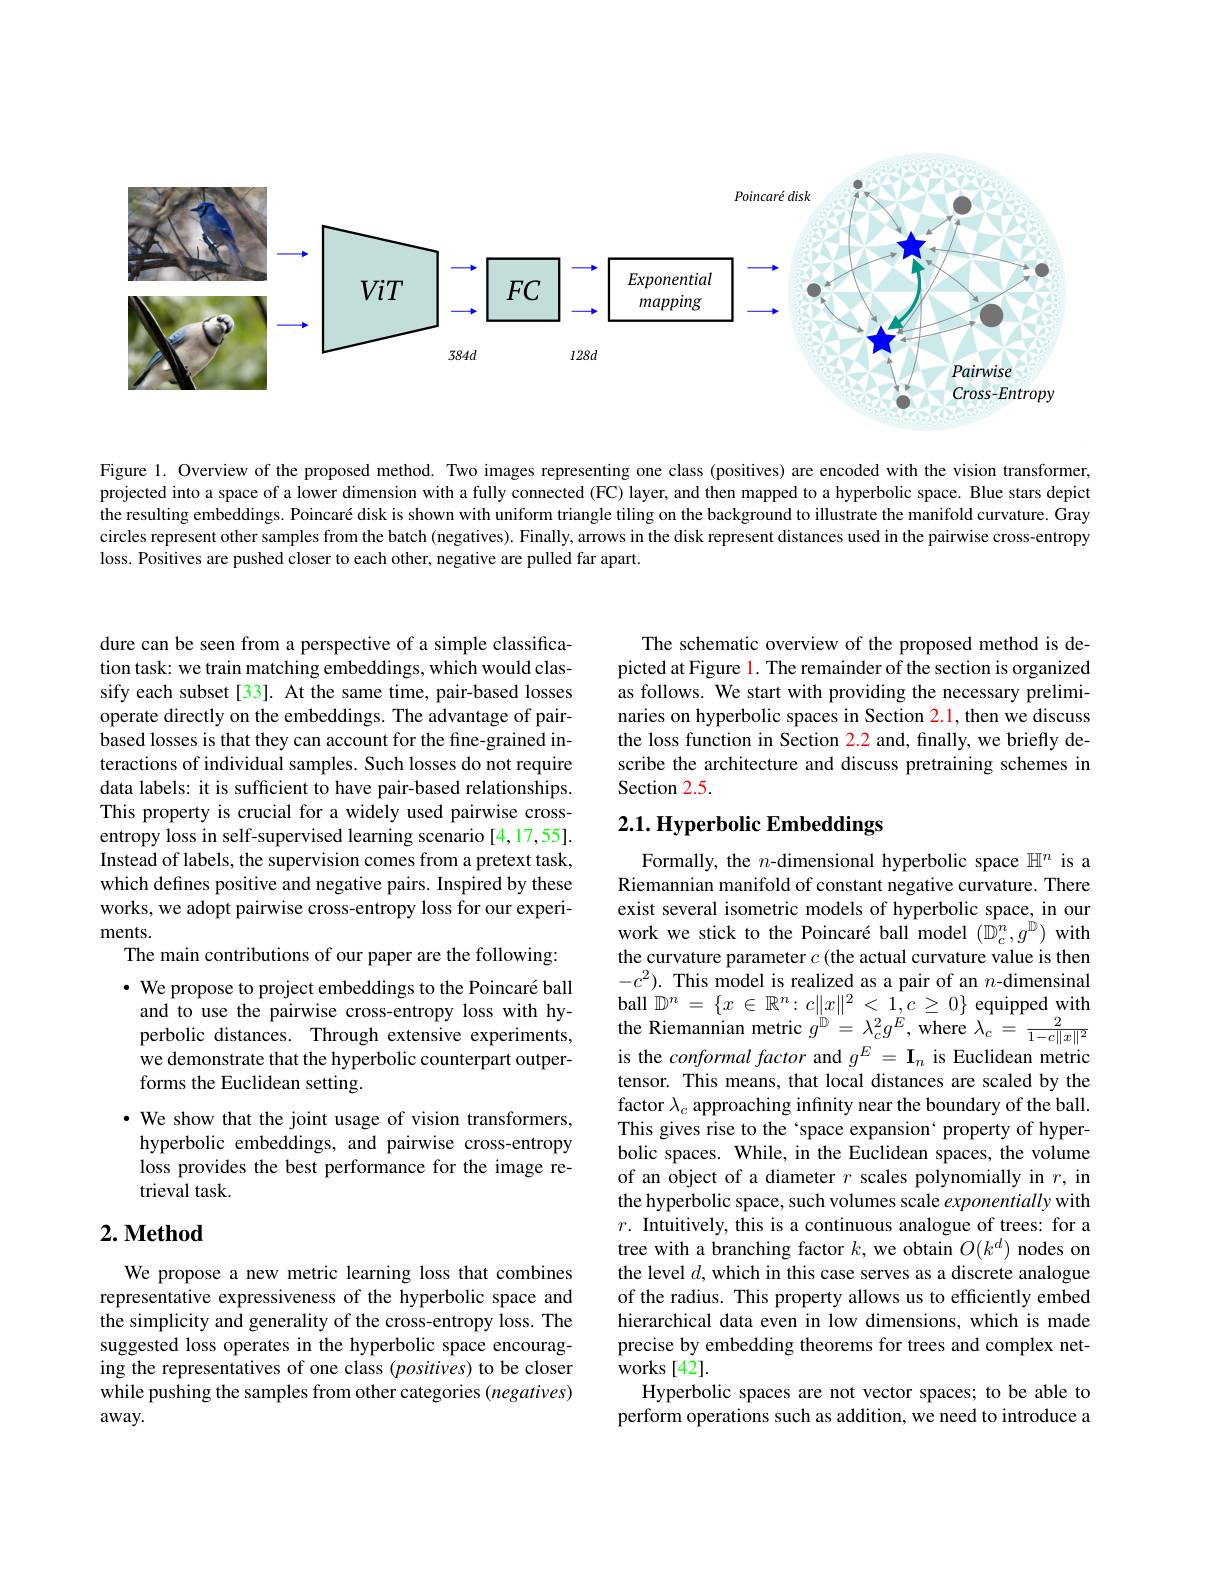
<FigureHere>

Figure 1. Overview of the proposed method. Two images representing one class (positives) are encoded with the vision transformer, projected into a space of a lower dimension with a fully connected (FC) layer, and then mapped to a hyperbolic space. Blue stars depict the resulting embeddings. Poincaré disk is shown with uniform triangle tiling on the background to illustrate the manifold curvature. Gray circles represent other samples from the batch (negatives). Finally, arrows in the disk represent distances used in the pairwise cross-entropy loss. Positives are pushed closer to each other, negative are pulled far apart.

dure can be seen from a perspective of a simple classification task: we train matching embeddings, which would classify each subset [33]. At the same time, pair-based losses operate directly on the embeddings. The advantage of pairbased losses is that they can account for the fine-grained interactions of individual samples. Such losses do not require data labels: it is sufficient to have pair-based relationships. This property is crucial for a widely used pairwise crossentropy loss in self-supervised learning scenario [4,17,55]. Instead of labels, the supervision comes from a pretext task, which defines positive and negative pairs. Inspired by these works, we adopt pairwise cross-entropy loss for our experiments.
The main contributions of our paper are the following: $\cdot$ We propose to project embeddings to the Poincaré ball ne propose to project chicungs sot once troncat oun bincat oun ball $\mathbb{D} ^n= \{ x\in \mathbb{R} ^n: c\| x\| ^2< 1, c\geq 0\}$ equipped with and to use the pairwise cross- entropy loss with hy- ball $\mathbb{D} ^n= \{ x\in \mathbb{R} ^n: c\| x\| ^2< 1, c\geq 0\}$ equipped with perbolic distances. Thr
we demonstrate that the hyperbolic counterpart outper-
forms the Euclidean setting.
$\cdot$ We show that the joint usage of vision transformers, hyperbolic embeddings, and pairwise cross-entropy loss provides the best performance for the image retrieval task.

# 2. Method

We propose a new metric learning loss that combines representative expressiveness of the hyperbolic space and the simplicity and generality of the cross-entropy loss. The suggested loss operates in the hyperbolic space encouraging the representatives of one class (positives) to be closer while pushing the samples from other categories (negatives) away.

The schematic overview of the proposed method is depicted at Figure l. The remainder of the section is organized as follows. We start with providing the necessary preliminaries on hyperbolic spaces in Section 2.1, then we discuss the loss function in Section 2.2 and, finally, we briefly describe the architecture and discuss pretraining schemes in Section 2.5.

# 2.1. Hyperbolic Embeddings

Formally, the $n$-dimensional hyperbolic space $\mathbb{H}^n$ is a Riemannian manifold of constant negative curvature. There exist several isometric models of hyperbolic space, in our work we stick to the Poincaré ball model $(\hat{\mathbb{D}}_{c}^{n},g^{\hat{\mathbb{D}}})$ with the curvature parameter $c$ (the actual curvature value is then $-c^2).$ This model is realized as a pair of an $n$-dimensinal is the conformal factor and $g^E=\mathbf{I}_n$ is Euclidean metric tensor. This means, that local distances are scaled by the factor $\lambda_c$ approaching infinity near the boundary of the ball. This gives rise to the‘space expansion` property of hyperbolic spaces. While, in the Euclidean spaces, the volume of an object of a diameter $r$ scales polynomially in $r$, in the hyperbolic space, such volumes scale exponentially with $r.$ Intuitively, this is a continuous analogue of trees: for a tree with a branching factor $k$, we obtain $O(k^d)$ nodes on the level $d$, which in this case serves as a discrete analogue of the radius. This property allows us to efficiently embed hierarchical data even in low dimensions, which is made precise by embedding theorems for trees and complex networks [ 42] .
Hyperbolic spaces are not vector spaces; to be able to perform operations such as addition, we need to introduce a